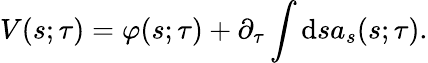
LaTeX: V{\left(s;\tau\right)}=\varphi{\left(s;\tau\right)}+\partial_{\tau}\int\mathrm{d}sa_{s}{\left(s;\tau\right)}.